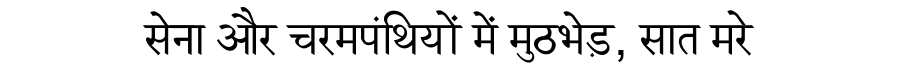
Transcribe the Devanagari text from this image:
सेना और चरमपंथियों में मुठभेड़, सात मरे